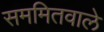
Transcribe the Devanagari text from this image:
सममितवाले